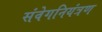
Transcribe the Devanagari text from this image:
संवेगनियंत्रण